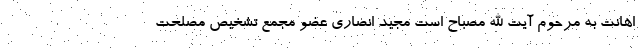
اهانت به مرحوم آیت الله مصباح است مجید انصاری عضو مجمع تشخیص مصلحت